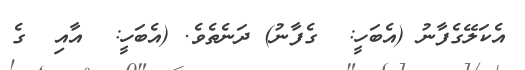
އެކަލޭގެފާނު (އެބަހީ:  ގެފާނު) ދަނެތެވެ. (އެބަހީ:  އާއި  ގެ